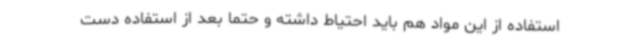
استفاده از این مواد هم باید احتیاط داشته و حتما بعد از استفاده دست